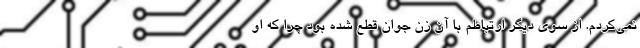
نمی‌کردم. از سوی دیگر ارتباطم با آن زن جوان قطع شده بود چرا که او